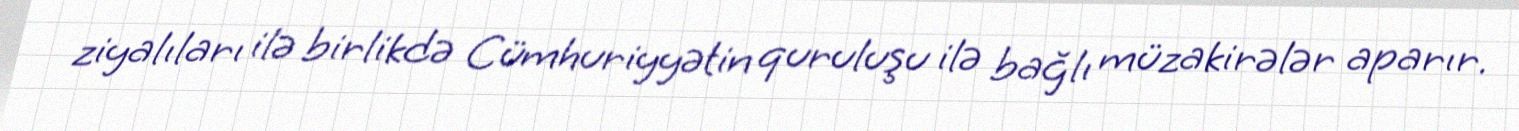
ziyalıları ilə birlikdə Cümhuriyyətin quruluşu ilə bağlı müzakirələr aparır.